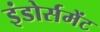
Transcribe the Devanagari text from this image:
इंडोर्समेंट